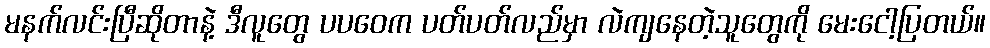
မနက်လင်းပြီဆိုတာနဲ့ ဒီလူတွေ ပပဝေက ပတ်ပတ်လည်မှာ လဲကျနေတဲ့သူတွေကို မေးငေါ့ပြတယ်။